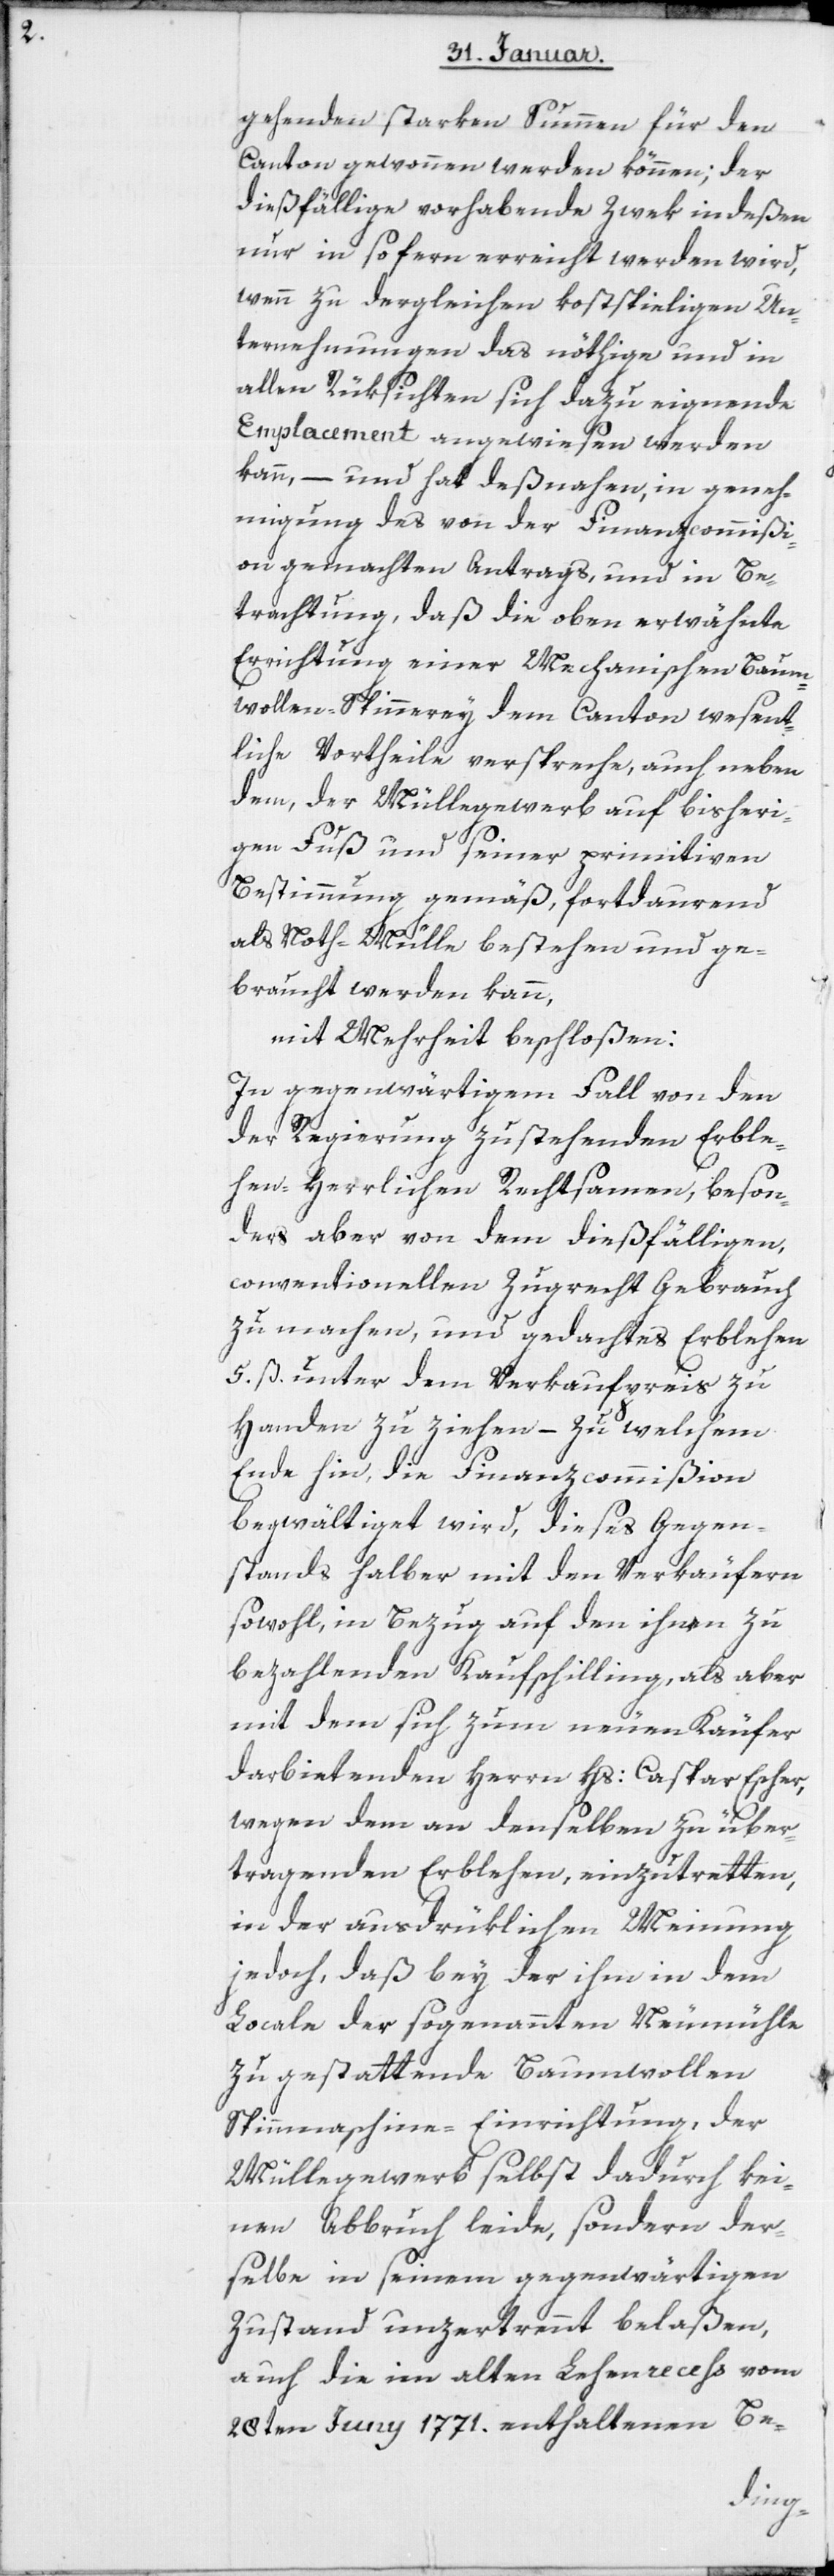
gehenden starken Summen für den
Canton gewonnen werden können; der
dießfällige vorhabende Zwek indeßen
nur in sofern erreicht werden wird,
wenn zu dergleichen kostspieligen Un¬
ternehmungen das nöthige und in
allen Rüksichten sich dazu eignende
Emplacement angewiesen werden
kann, – und hat deßnahen, in geneh¬
migung des von der Finanzcommißi¬
on gemachten Antrags, und in Be¬
trachtung, daß die oben erwähnte
Errichtung einer Mechanischen Baum¬
wollen-Spinnerey dem Canton wesent¬
liche Vortheile verspreche, auch neben
dem, der Müllegewerb auf bisheri¬
gen Fuß und seiner primitiven
Bestimmung gemäß, fortdaurend
als Noth-Mülle bestehen und ge¬
braucht werden kann,
mit Mehrheit beschloßen:
In gegenwärtigem Fall von den
der Regierung zustehenden Erble¬
hen-Herrlichen Rechtsamen, beson¬
ders aber von dem dießfälligen,
conventionellen Zugrecht Gebrauch
zu machen, und gedachtes Erblehen
5. ß. unter dem Verkaufpreis zu
Handen zu ziehen – zu welchem
Ende hin, die Finanzcommißion
begwältiget wird, dieses Gegen¬
stands halber mit den Verkäufern
sowohl, in Bezug auf den ihnen zu
bezahlenden Kaufschilling, als aber
mit dem sich zum neuen Käufer
darbietenden Herrn Hs: Caspar Escher,
wegen dem an denselben zu über¬
tragenden Erblehen, einzutretten,
in der ausdrüklichen Meynung
jedoch, daß bey der ihm in dem
Locale der sogenannten Neumühle
zu gestattende Baumwolle¬
n[-]Spinnmaschine-Einrichtung, der
Müllegewerb selbst dadurch kei¬
nen Abbruch leide, sondern der¬
selbe in seinem gegenwärtigen
Zustand unzertrennt belaßen,
auch die im alten Lehenrecess vom
28ten Juny 1771. enthaltenen Be-